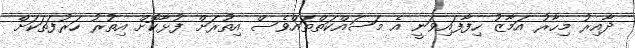
ދާއިރު މިހާރު އަމާޒު ހިފާފައިވަނީ އެ މަސައްކަތްތައްވެސް އިތުރަށް ފުޅާކޮށް އިތުރު ހަރުފަތަކަށް